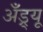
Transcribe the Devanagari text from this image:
अॅँड्र्यू